Indian journal of veterinary science and animal husbandry - Volume 5,
Year: 1935
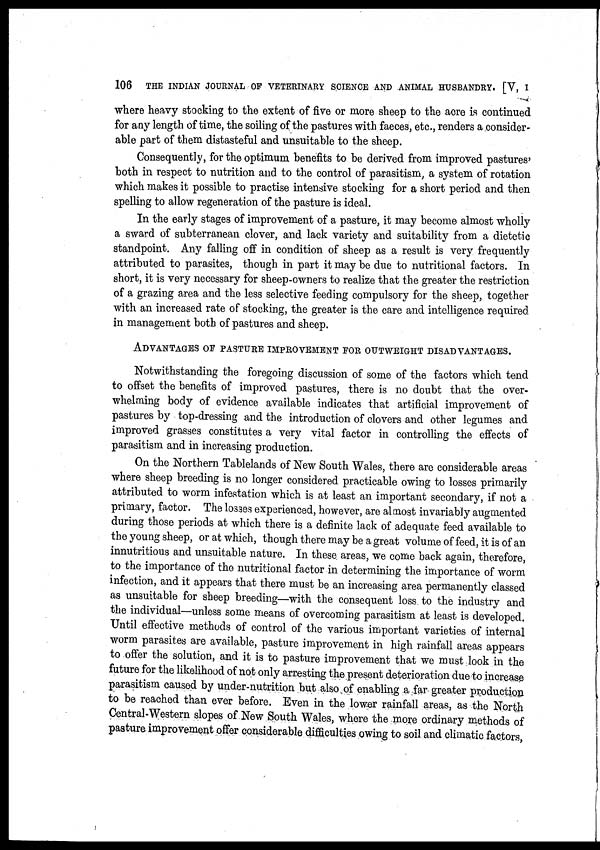
106
THE INDIAN JOURNAL OF VETERINARY SCIENCE AND ANIMAL HUSBANDRY. [V, I
where heavy stocking to the extent of five or more sheep to the acre is continued
for any length of time, the soiling of the pastures with faeces, etc., renders a consider-
able part of them distasteful and unsuitable to the sheep.
Consequently, for the optimum benefits to be derived from improved pastures'
both in respect to nutrition and to the control of parasitism, a system of rotation
which makes it possible to practise intensive stocking for a short period and then
spelling to allow regeneration of the pasture is ideal.
In the early stages of improvement of a pasture, it may become almost wholly
a sward of subterranean clover, and lack variety and suitability from a dietetic
standpoint. Any falling off in condition of sheep as a result is very frequently
attributed to parasites, though in part it may be due to nutritional factors. In
short, it is very necessary for sheep-owners to realize that the greater the restriction
of a grazing area and the less selective feeding compulsory for the sheep, together
with an increased rate of stocking, the greater is the care and intelligence required
in management both of pastures and sheep.
ADVANTAGES OF PASTURE IMPROVEMENT FOR OUTWEIGHT DISADVANTAGES.
Notwithstanding the foregoing discussion of some of the factors which tend
to offset the benefits of improved pastures, there is no doubt that the over-
whelming body of evidence available indicates that artificial improvement of
pastures by top-dressing and the introduction of clovers and other legumes and
improved grasses constitutes a very vital factor in controlling the effects of
parasitism and in increasing production.
On the Northern Tablelands of New South Wales, there are considerable areas
where sheep breeding is no longer considered practicable owing to losses primarily
attributed to worm infestation which is at least an important secondary, if not a
primary, factor. The losses experienced, however, are almost invariably augmented
during those periods at which there is a definite lack of adequate feed available to
the young sheep, or at which, though there may be a great volume of feed, it is of an
innutritious and unsuitable nature. In these areas, we come back again, therefore,
to the importance of the nutritional factor in determining the importance of worm
infection, and it appears that there must be an increasing area permanently classed
as unsuitable for sheep breeding—with the consequent loss to the industry and
the individual—unless some means of overcoming parasitism at least is developed.
Until effective methods of control of the various important varieties of internal
worm parasites are available, pasture improvement in high rainfall areas appears
to offer the solution, and it is to pasture improvement that we must look in the
future for the likelihood of not only arresting the present deterioration due to increase
parasitism caused by under-nutrition but also of enabling a far greater production
to be reached than ever before. Even in the lower rainfall areas, as the North
Central-Western slopes of New South Wales, where the more ordinary methods of
pasture improvement offer considerable difficulties owing to soil and climatic factors,